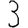
Digit: 3